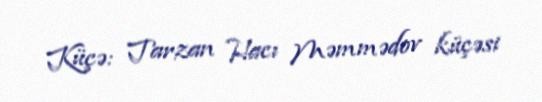
Küçə: Tarzan Hacı Məmmədov küçəsi